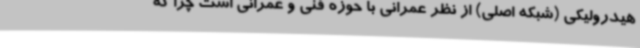
هیدرولیکی (شبکه اصلی) از نظر عمرانی با حوزه فنی و عمرانی است چرا که